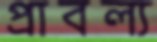
প্রাবল্য